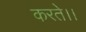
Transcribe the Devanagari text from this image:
करते।।